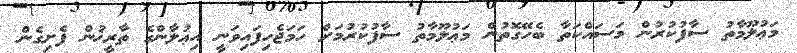
މަޢުލޫމާތު ސާފުކުރުން މަސައްކަތާ ބެހޭގޮތުން މަޢުލޫމާތު ސާފުކުރުމަށް ހަމަޖެހިފައިވަނީ އިޢުލާންގެ ތާރީޚުން ފެށިގެން